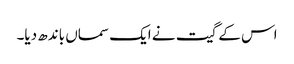
اس کے گیت نے ایک سماں باندھ دیا۔